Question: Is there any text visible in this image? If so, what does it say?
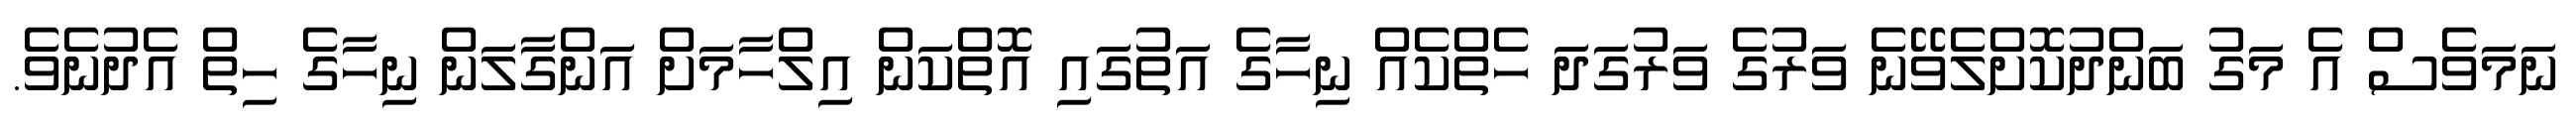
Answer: ނަމަވެސް އެ މަގު ބަންދުކޮށްލެވޭނެ ވަރުގެ ވަރުގަދަ ހެތްކެއް ނިހާގެ އަތުގައި އޮތްކަން އިލްހާމަށް އަންގާލަން ނިހާގެ ހިތް އެދުނެވެ.